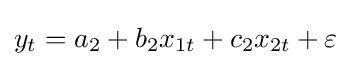
y_{t}=a_{2}+b_{2}x_{1t}+c_{2}x_{2t}+\varepsilon